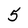
Character: 5